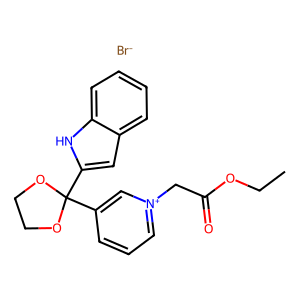
SMILES: CCOC(=O)C[n+]1cccc(C2(c3cc4ccccc4[nH]3)OCCO2)c1.[Br-]
Inhibits HIV replication: No